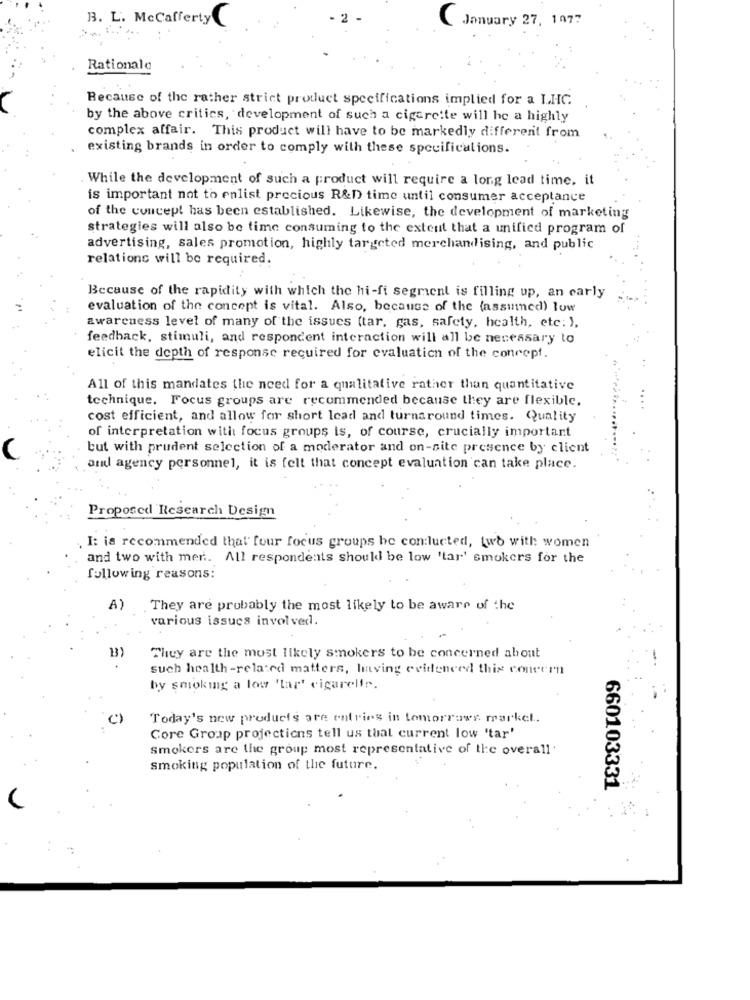
B. L. McCafferty
C
January 27, 1077
Rationale
Because of the rather strict product specifications implied for a LIIC.
by the above critics, development of such a cigarette will he a highly
complex affair. This product will have to be markedly different from
existing brands in order to comply with these specifications.
. While the development of such a product will require a long lead time, it
is important not to enlist precious R&D time until consumer acceptance
of the concept has been established. Likewise, the development of marketing
strategies will also be time consuming to the extent that a unified program of
advertising, sales promotion, highly targeted merchandising, and public
relations will be required.
Because of the rapidity with which the hi-fi segment is filling up, an carly
evaluation of the concept is vital. Also, because of the (assumed) low
awareness level of many of the issues (tar, gas, safety, health, etc. ),
feedback, stimuli, and respondent interaction will all be necessary to
elicit the depth of response required for evaluation of the concept.
All of this mandates the need for a qualitative rather than quantitative
technique. Focus groups are recommended because they are flexible.
cost efficient, and allow for short lead and turnaround times. Quality
of interpretation with focus groups is, of course, crucially important
but with prudent selection of a moderator and on-site presence by client
and agency personnel, it is felt that concept evaluation can take place.
Proposed Research Design
. I: is recommended that four focus groups be con:lucted, two with women
and two with mer. All respondents should be low 'tar' smokers for the
following reasons:
A)
They are probably the most likely to be aware of the
various issues involved.
They are the most likely smokers to be concerned about
such health -related matters, having evidenced this concern
by smoking a low 'lar' cigarelir.
(c)
Today's new products are entries in tomorrows. market.
Core Group projections tell us that current low 'tar'
smokers are the group most representative of the overall.
Smoking population of the future.
660103331